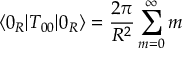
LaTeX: \langle 0 _ { R } | T _ { 0 0 } | 0 _ { R } \rangle = { \frac { 2 \pi } { R ^ { 2 } } } \sum _ { m = 0 } ^ { \infty } m